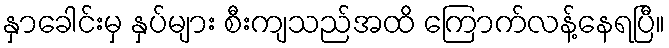
နှာခေါင်းမှ နှပ်များ စီးကျသည်အထိ ကြောက်လန့်နေရပြီ။